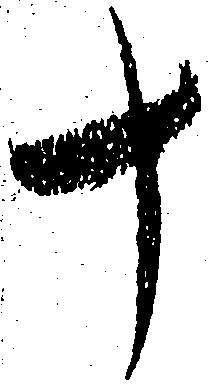
十